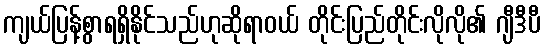
ကျယ်ပြန့်စွာရရှိနိုင်သည်ဟုဆိုရာဝယ် တိုင်းပြည်တိုင်းလိုလို၏ ဂျီဒီပီ